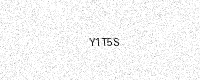
Text: Y1T5S